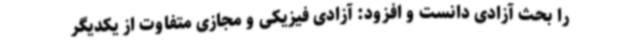
را بحث آزادی دانست و افزود: آزادی فیزیکی و مجازی متفاوت از یکدیگر